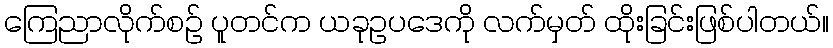
ကြေညာလိုက်စဉ် ပူတင်က ယခုဥပဒေကို လက်မှတ် ထိုးခြင်းဖြစ်ပါတယ်။